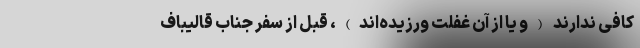
کافی ندارند (و یا از آن غفلت ورزیده‌اند)، قبل از سفر جناب قالیباف